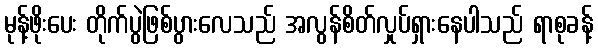
မုန့်ဖိုးပေး တိုက်ပွဲဖြစ်ပွားလေသည် အလွန်စိတ်လှုပ်ရှားနေပါသည် ရာစုခန့်